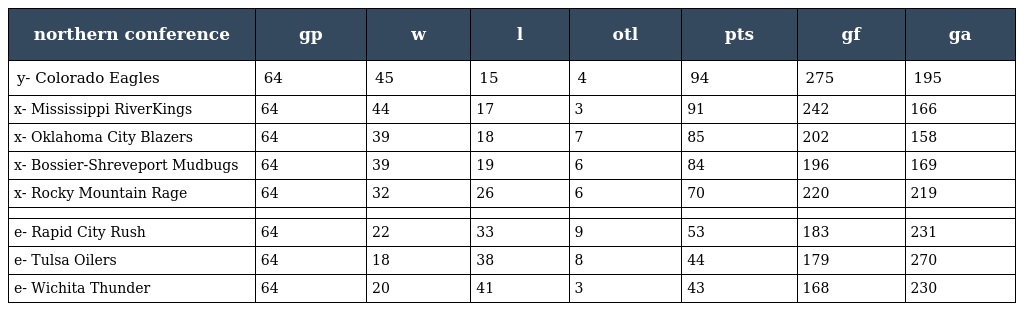
| northern conference | gp | w | l | otl | pts | gf | ga |
 | --- | --- | --- | --- | --- | --- | --- | --- |
 | y- Colorado Eagles | 64 | 45 | 15 | 4 | 94 | 275 | 195 |
 | x- Mississippi RiverKings | 64 | 44 | 17 | 3 | 91 | 242 | 166 |
 | x- Oklahoma City Blazers | 64 | 39 | 18 | 7 | 85 | 202 | 158 |
 | x- Bossier-Shreveport Mudbugs | 64 | 39 | 19 | 6 | 84 | 196 | 169 |
 | x- Rocky Mountain Rage | 64 | 32 | 26 | 6 | 70 | 220 | 219 |
 |  |  |  |  |  |  |  |  |
 | e- Rapid City Rush | 64 | 22 | 33 | 9 | 53 | 183 | 231 |
 | e- Tulsa Oilers | 64 | 18 | 38 | 8 | 44 | 179 | 270 |
 | e- Wichita Thunder | 64 | 20 | 41 | 3 | 43 | 168 | 230 |